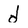
Character: d